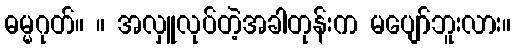
ဓမ္မဂုတ်။ ။ အလှူလုပ်တဲ့အခါတုန်းက မပျော်ဘူးလား။